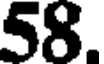
58.